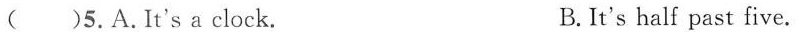
( )5.A.It's a clock. B.It's half past five.